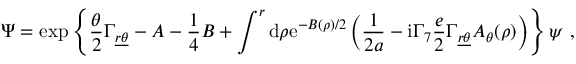
\Psi = \exp \left\{ \frac { \theta } { 2 } \Gamma _ { \underline { { { r } } } \underline { { { \theta } } } } - A - { \frac { 1 } { 4 } } B + \int ^ { r } \mathrm { d } \rho \mathrm { e } ^ { - B ( \rho ) / 2 } \left( { \frac { 1 } { 2 a } } - \mathrm { i } \Gamma _ { 7 } { \frac { e } { 2 } } \Gamma _ { \underline { { { r } } } \underline { { { \theta } } } } A _ { \theta } ( \rho ) \right) \right\} \psi ~ ,